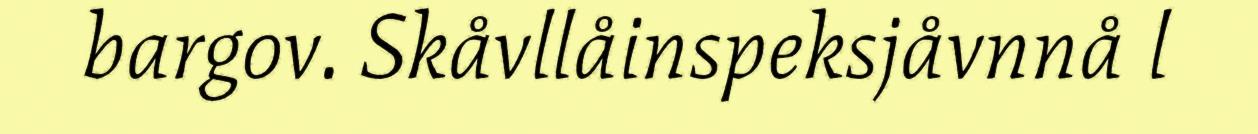
bargov. Skåvllåinspeksjåvnnå l